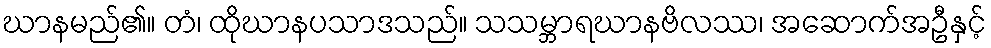
ဃာနမည်၏။ တံ၊ ထိုဃာနပသာဒသည်။ သသမ္ဘာရဃာနဗိလဿ၊ အဆောက်အဦနှင့်